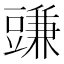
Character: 豏